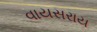
વાયસરાય